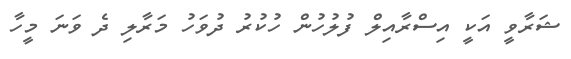
ޝަރާވީ އަކީ އިސްރާއިލް ފުލުހުން ހުކުރު ދުވަހު މަރާލި ދެ ވަނަ މީހާ